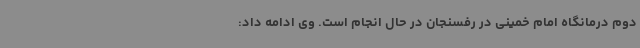
دوم درمانگاه امام خمینی در رفسنجان در حال انجام است. وی ادامه داد: